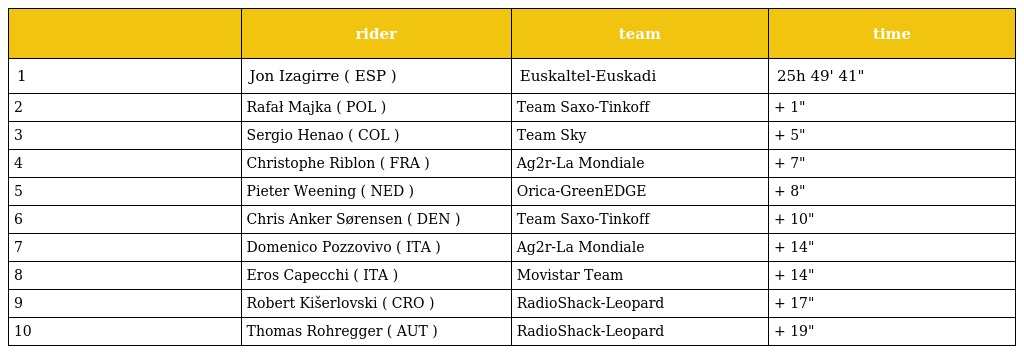
|  | rider | team | time |
 | --- | --- | --- | --- |
 | 1 | Jon Izagirre ( ESP ) | Euskaltel-Euskadi | 25h 49' 41" |
 | 2 | Rafał Majka ( POL ) | Team Saxo-Tinkoff | + 1" |
 | 3 | Sergio Henao ( COL ) | Team Sky | + 5" |
 | 4 | Christophe Riblon ( FRA ) | Ag2r-La Mondiale | + 7" |
 | 5 | Pieter Weening ( NED ) | Orica-GreenEDGE | + 8" |
 | 6 | Chris Anker Sørensen ( DEN ) | Team Saxo-Tinkoff | + 10" |
 | 7 | Domenico Pozzovivo ( ITA ) | Ag2r-La Mondiale | + 14" |
 | 8 | Eros Capecchi ( ITA ) | Movistar Team | + 14" |
 | 9 | Robert Kišerlovski ( CRO ) | RadioShack-Leopard | + 17" |
 | 10 | Thomas Rohregger ( AUT ) | RadioShack-Leopard | + 19" |